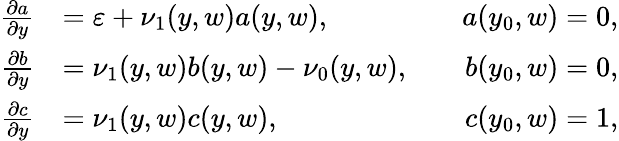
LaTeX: \begin{array}{rlr}{\frac{\partial a}{\partial y}}&{=\varepsilon+\nu_{1}(y,w)a(y,w),\quad}&{a(y_{0},w)=0,}\\ {\frac{\partial b}{\partial y}}&{=\nu_{1}(y,w)b(y,w)-\nu_{0}(y,w),\quad}&{b(y_{0},w)=0,}\\ {\frac{\partial c}{\partial y}}&{=\nu_{1}(y,w)c(y,w),\quad}&{c(y_{0},w)=1,}\end{array}